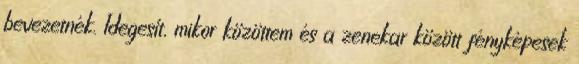
bevezetnék. Idegesí­t, mikor közöttem és a zenekar között fényképesek